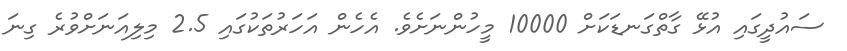
ސައުދީގައި އުޅޭ ގާތްގަނޑަކަށް 10000 މީހުންނަށެވެ. އެހެން އަހަރުތަކުގައި 2.5 މިލިއަނަށްވުރެ ގިނަ